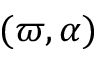
( \varpi , \alpha )